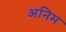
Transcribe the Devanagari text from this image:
अनिम